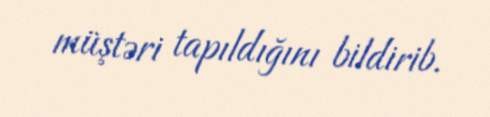
müştəri tapıldığını bildirib.